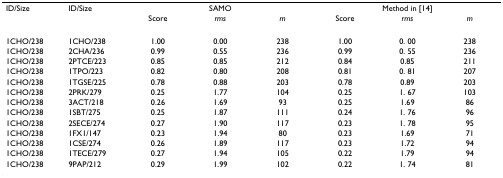
<table><thead><tr><td><b>ID/Size</b></td><td><b>ID/Size</b></td><td colspan="3"><b>SAMO</b></td><td colspan="3"><b>Method in [14]</b></td></tr><tr><td></td><td></td><td><b>Score</b></td><td><b><i>rms</i></b></td><td><b><i>m</i></b></td><td><b>Score</b></td><td><b><i>rms</i></b></td><td><b><i>m</i></b></td></tr></thead><tbody><tr><td>1CHO/238</td><td>1CHO/238</td><td>1.00</td><td>0.00</td><td>238</td><td>1.00</td><td>0. 00</td><td>238</td></tr><tr><td>1CHO/238</td><td>2CHA/236</td><td>0.99</td><td>0.55</td><td>236</td><td>0.99</td><td>0. 55</td><td>236</td></tr><tr><td>1CHO/238</td><td>2PTCE/223</td><td>0.85</td><td>0.85</td><td>212</td><td>0.84</td><td>0.85</td><td>211</td></tr><tr><td>1CHO/238</td><td>1TPO/223</td><td>0.82</td><td>0.80</td><td>208</td><td>0.81</td><td>0. 81</td><td>207</td></tr><tr><td>1CHO/238</td><td>1TGSE/225</td><td>0.78</td><td>0.88</td><td>203</td><td>0.78</td><td>0.89</td><td>203</td></tr><tr><td>1CHO/238</td><td>2PRK/279</td><td>0.25</td><td>1.77</td><td>104</td><td>0.25</td><td>1. 67</td><td>103</td></tr><tr><td>1CHO/238</td><td>3ACT/218</td><td>0.26</td><td>1.69</td><td>93</td><td>0.25</td><td>1.69</td><td>86</td></tr><tr><td>1CHO/238</td><td>1SBT/275</td><td>0.25</td><td>1.87</td><td>111</td><td>0.24</td><td>1. 76</td><td>96</td></tr><tr><td>1CHO/238</td><td>2SECE/274</td><td>0.27</td><td>1.90</td><td>117</td><td>0.23</td><td>1. 78</td><td>95</td></tr><tr><td>1CHO/238</td><td>1FX1/147</td><td>0.23</td><td>1.94</td><td>80</td><td>0.23</td><td>1.69</td><td>71</td></tr><tr><td>1CHO/238</td><td>1CSE/274</td><td>0.26</td><td>1.89</td><td>117</td><td>0.23</td><td>1.72</td><td>94</td></tr><tr><td>1CHO/238</td><td>1TECE/279</td><td>0.27</td><td>1.94</td><td>105</td><td>0.22</td><td>1.79</td><td>94</td></tr><tr><td>1CHO/238</td><td>9PAP/212</td><td>0.29</td><td>1.99</td><td>102</td><td>0.22</td><td>1. 74</td><td>81</td></tr></tbody></table>